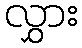
လွှား